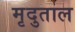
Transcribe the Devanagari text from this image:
मृदुताल